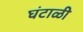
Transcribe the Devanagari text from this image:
घंटाळी